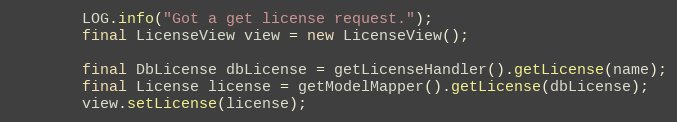
Language: Java
        LOG.info("Got a get license request.");
        final LicenseView view = new LicenseView();

        final DbLicense dbLicense = getLicenseHandler().getLicense(name);
        final License license = getModelMapper().getLicense(dbLicense);
        view.setLicense(license);